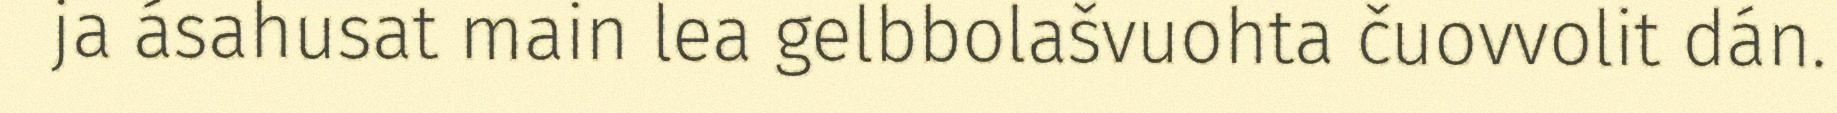
ja ásahusat main lea gelbbolašvuohta čuovvolit dán.